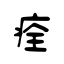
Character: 痊